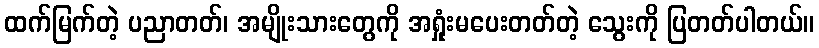
ထက်မြက်တဲ့ ပညာတတ်၊ အမျိုးသားတွေကို အရှုံးမပေးတတ်တဲ့ သွေးကို ပြတတ်ပါတယ်။